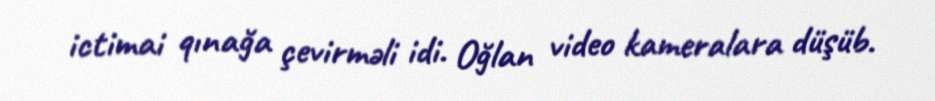
ictimai qınağa çevirməli idi. Oğlan video kameralara düşüb.